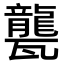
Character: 𤮨